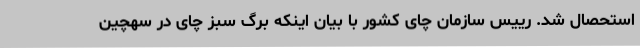
استحصال شد. رییس سازمان چای کشور با بیان اینکه برگ سبز چای در سهچین